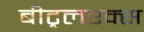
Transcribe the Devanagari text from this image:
बीट्रलएक्स